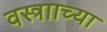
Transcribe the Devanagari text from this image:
वस्त्रााच्या